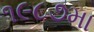
૧૯૮૭મા